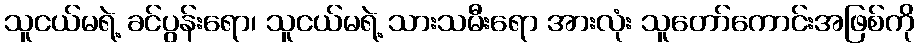
သူငယ်မရဲ့ ခင်ပွန်းရော၊ သူငယ်မရဲ့ သားသမီးရော အားလုံး သူတော်ကောင်းအဖြစ်ကို